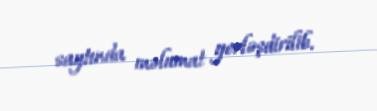
saytında məlumat yerləşdirilib.